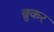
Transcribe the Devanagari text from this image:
ब्रुकर